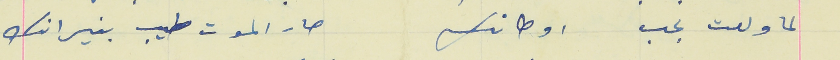
لما ولعت بحب اوطانك                                صار الموت طيب بنيرانك